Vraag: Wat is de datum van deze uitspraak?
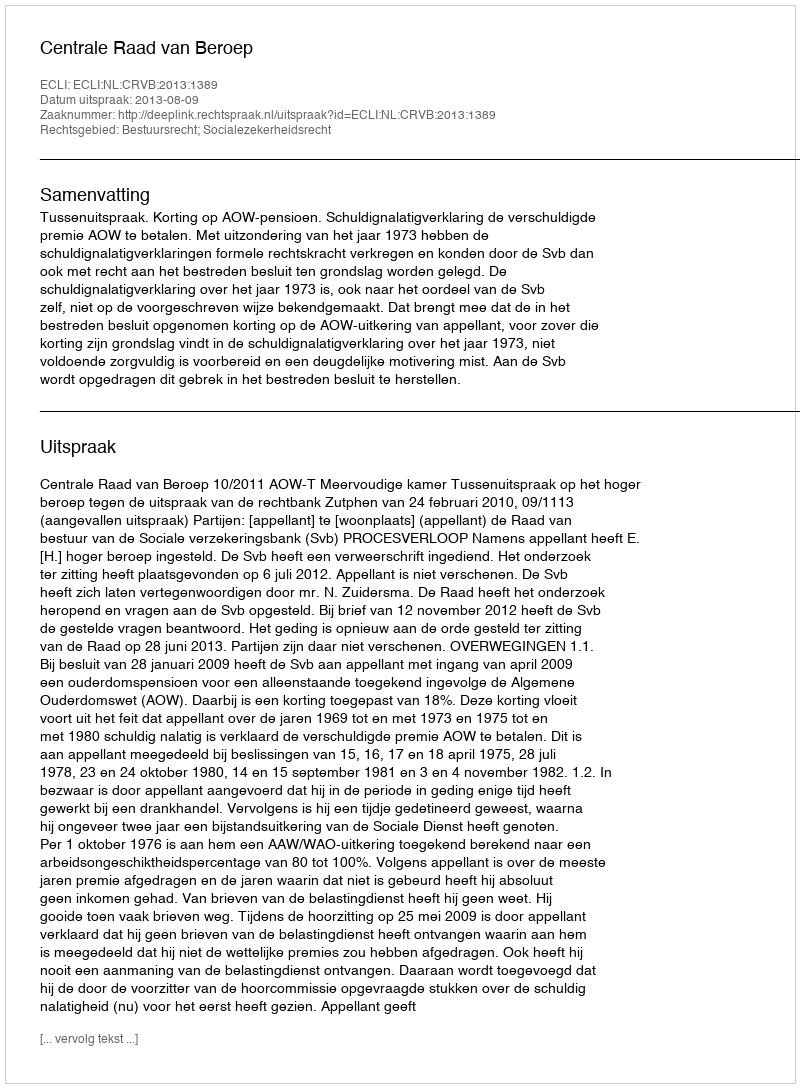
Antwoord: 2013-08-09